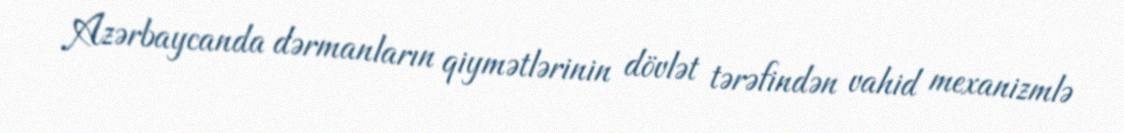
Azərbaycanda dərmanların qiymətlərinin dövlət tərəfindən vahid mexanizmlə